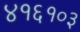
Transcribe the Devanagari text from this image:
४१६१०३